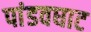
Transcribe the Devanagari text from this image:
पांडवघाट